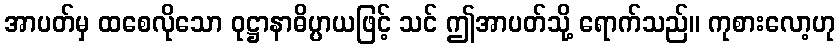
အာပတ်မှ ထစေလိုသော ဝုဋ္ဌာနာဓိပ္ပာယဖြင့် သင် ဤအာပတ်သို့ ရောက်သည်။ ကုစားလော့ဟု